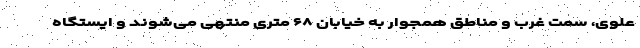
علوی، سمت غرب و مناطق همجوار به خیابان ۶۸ متری منتهی می‌شوند و ایستگاه